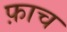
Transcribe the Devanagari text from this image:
फ़ाच